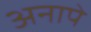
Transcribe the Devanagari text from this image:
अनापे